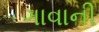
ગાવાની